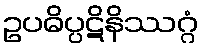
ဥပဓိပ္ပဋိနိဿဂ္ဂံ